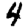
Digit: 4